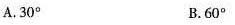
A.30° B.60°